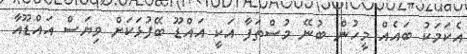
އެކަމަކު ބައެއް މީހުން ބުނޭ މުސްތަފާ އަކީ އައްޑޫ ބޭފުޅަކަށް ވިޔަސް އައްޑޫއާ